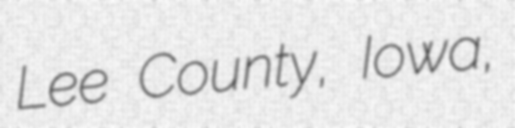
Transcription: Lee County, Iowa,